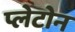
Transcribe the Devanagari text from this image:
प्लेटोन